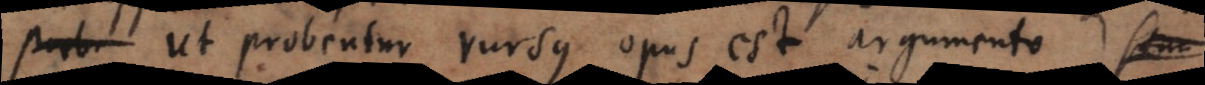
Ut probentur rursus opus est argumento